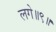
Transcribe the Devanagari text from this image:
लगे॥९॥